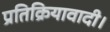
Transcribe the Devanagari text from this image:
प्रतिक्रियावादी।